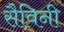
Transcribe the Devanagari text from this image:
सैविनी